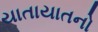
યાતાયાતનો